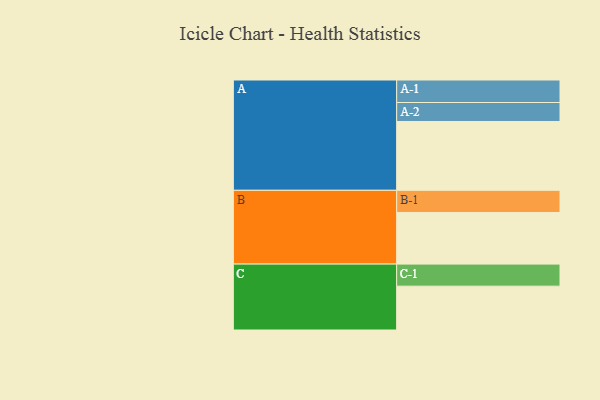
{"axis": {"x": "Segment", "y": "Value"}, "legend": ["", "A", "B", "C"], "data": [{"x": "A", "y": 471, "type": ""}, {"x": "B", "y": 353, "type": ""}, {"x": "C", "y": 300, "type": ""}, {"x": "A-1", "y": 154, "type": "A"}, {"x": "A-2", "y": 130, "type": "A"}, {"x": "B-1", "y": 152, "type": "B"}, {"x": "C-1", "y": 151, "type": "C"}]}